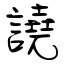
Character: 譊